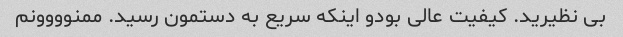
بی نظیرید. کیفیت عالی بودو اینکه سریع به دستمون رسید. ممنوووونم